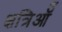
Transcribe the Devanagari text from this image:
क्षत्रिऑँ